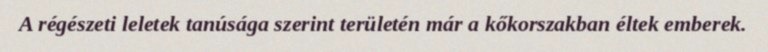
A régészeti leletek tanúsága szerint területén már a kőkorszakban éltek emberek.